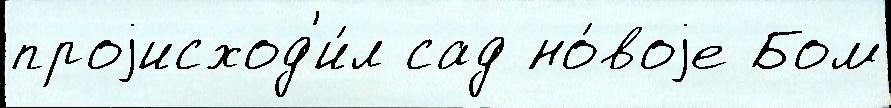
проjисход'и́л сад но́воjе Бом